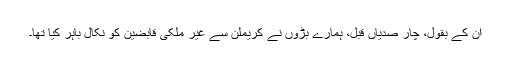
اُن کے بقول، چار صدیاں قبل، ہمارے بڑوں نے کریملن سے غیر ملکی قابضین کو نکال باہر کیا تھا۔